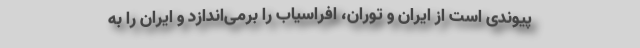
پیوندی است از ایران و توران، افراسیاب را برمی‌اندازد و ایران را به